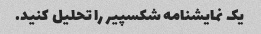
یک نمایشنامه شکسپیر را تحلیل کنید.